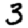
Digit: 3